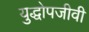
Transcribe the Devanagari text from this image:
युद्धोपजीवी